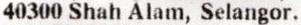
40300 SHAH ALAM, SELANGOR.